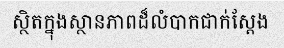
ស្ថិតក្នុងស្ថានភាពដ៏លំបាកជាក់ស្តែង